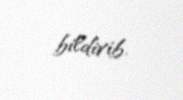
bildirib.